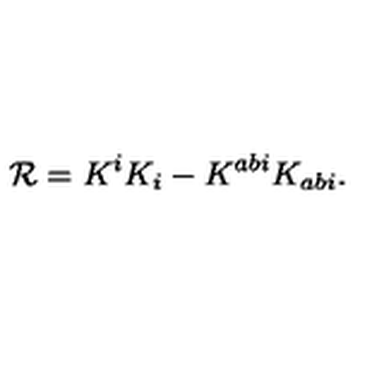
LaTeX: { \cal R } = K ^ { i } K _ { i } - K ^ { a b i } K _ { a b i } .